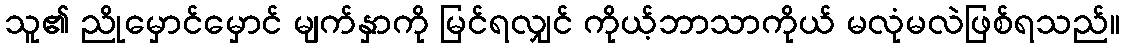
သူ၏ ညိုမှောင်မှောင် မျက်နှာကို မြင်ရလျှင် ကိုယ့်ဘာသာကိုယ် မလုံမလဲဖြစ်ရသည်။